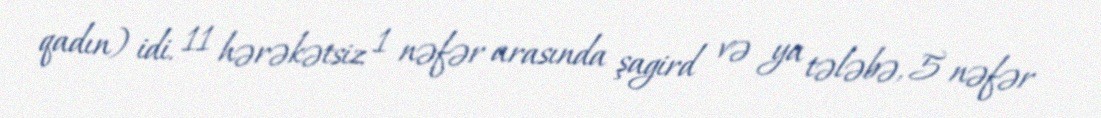
qadın) idi. 11 hərəkətsiz 1 nəfər arasında şagird və ya tələbə, 5 nəfər